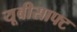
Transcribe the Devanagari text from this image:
यूबीसाफ्ट